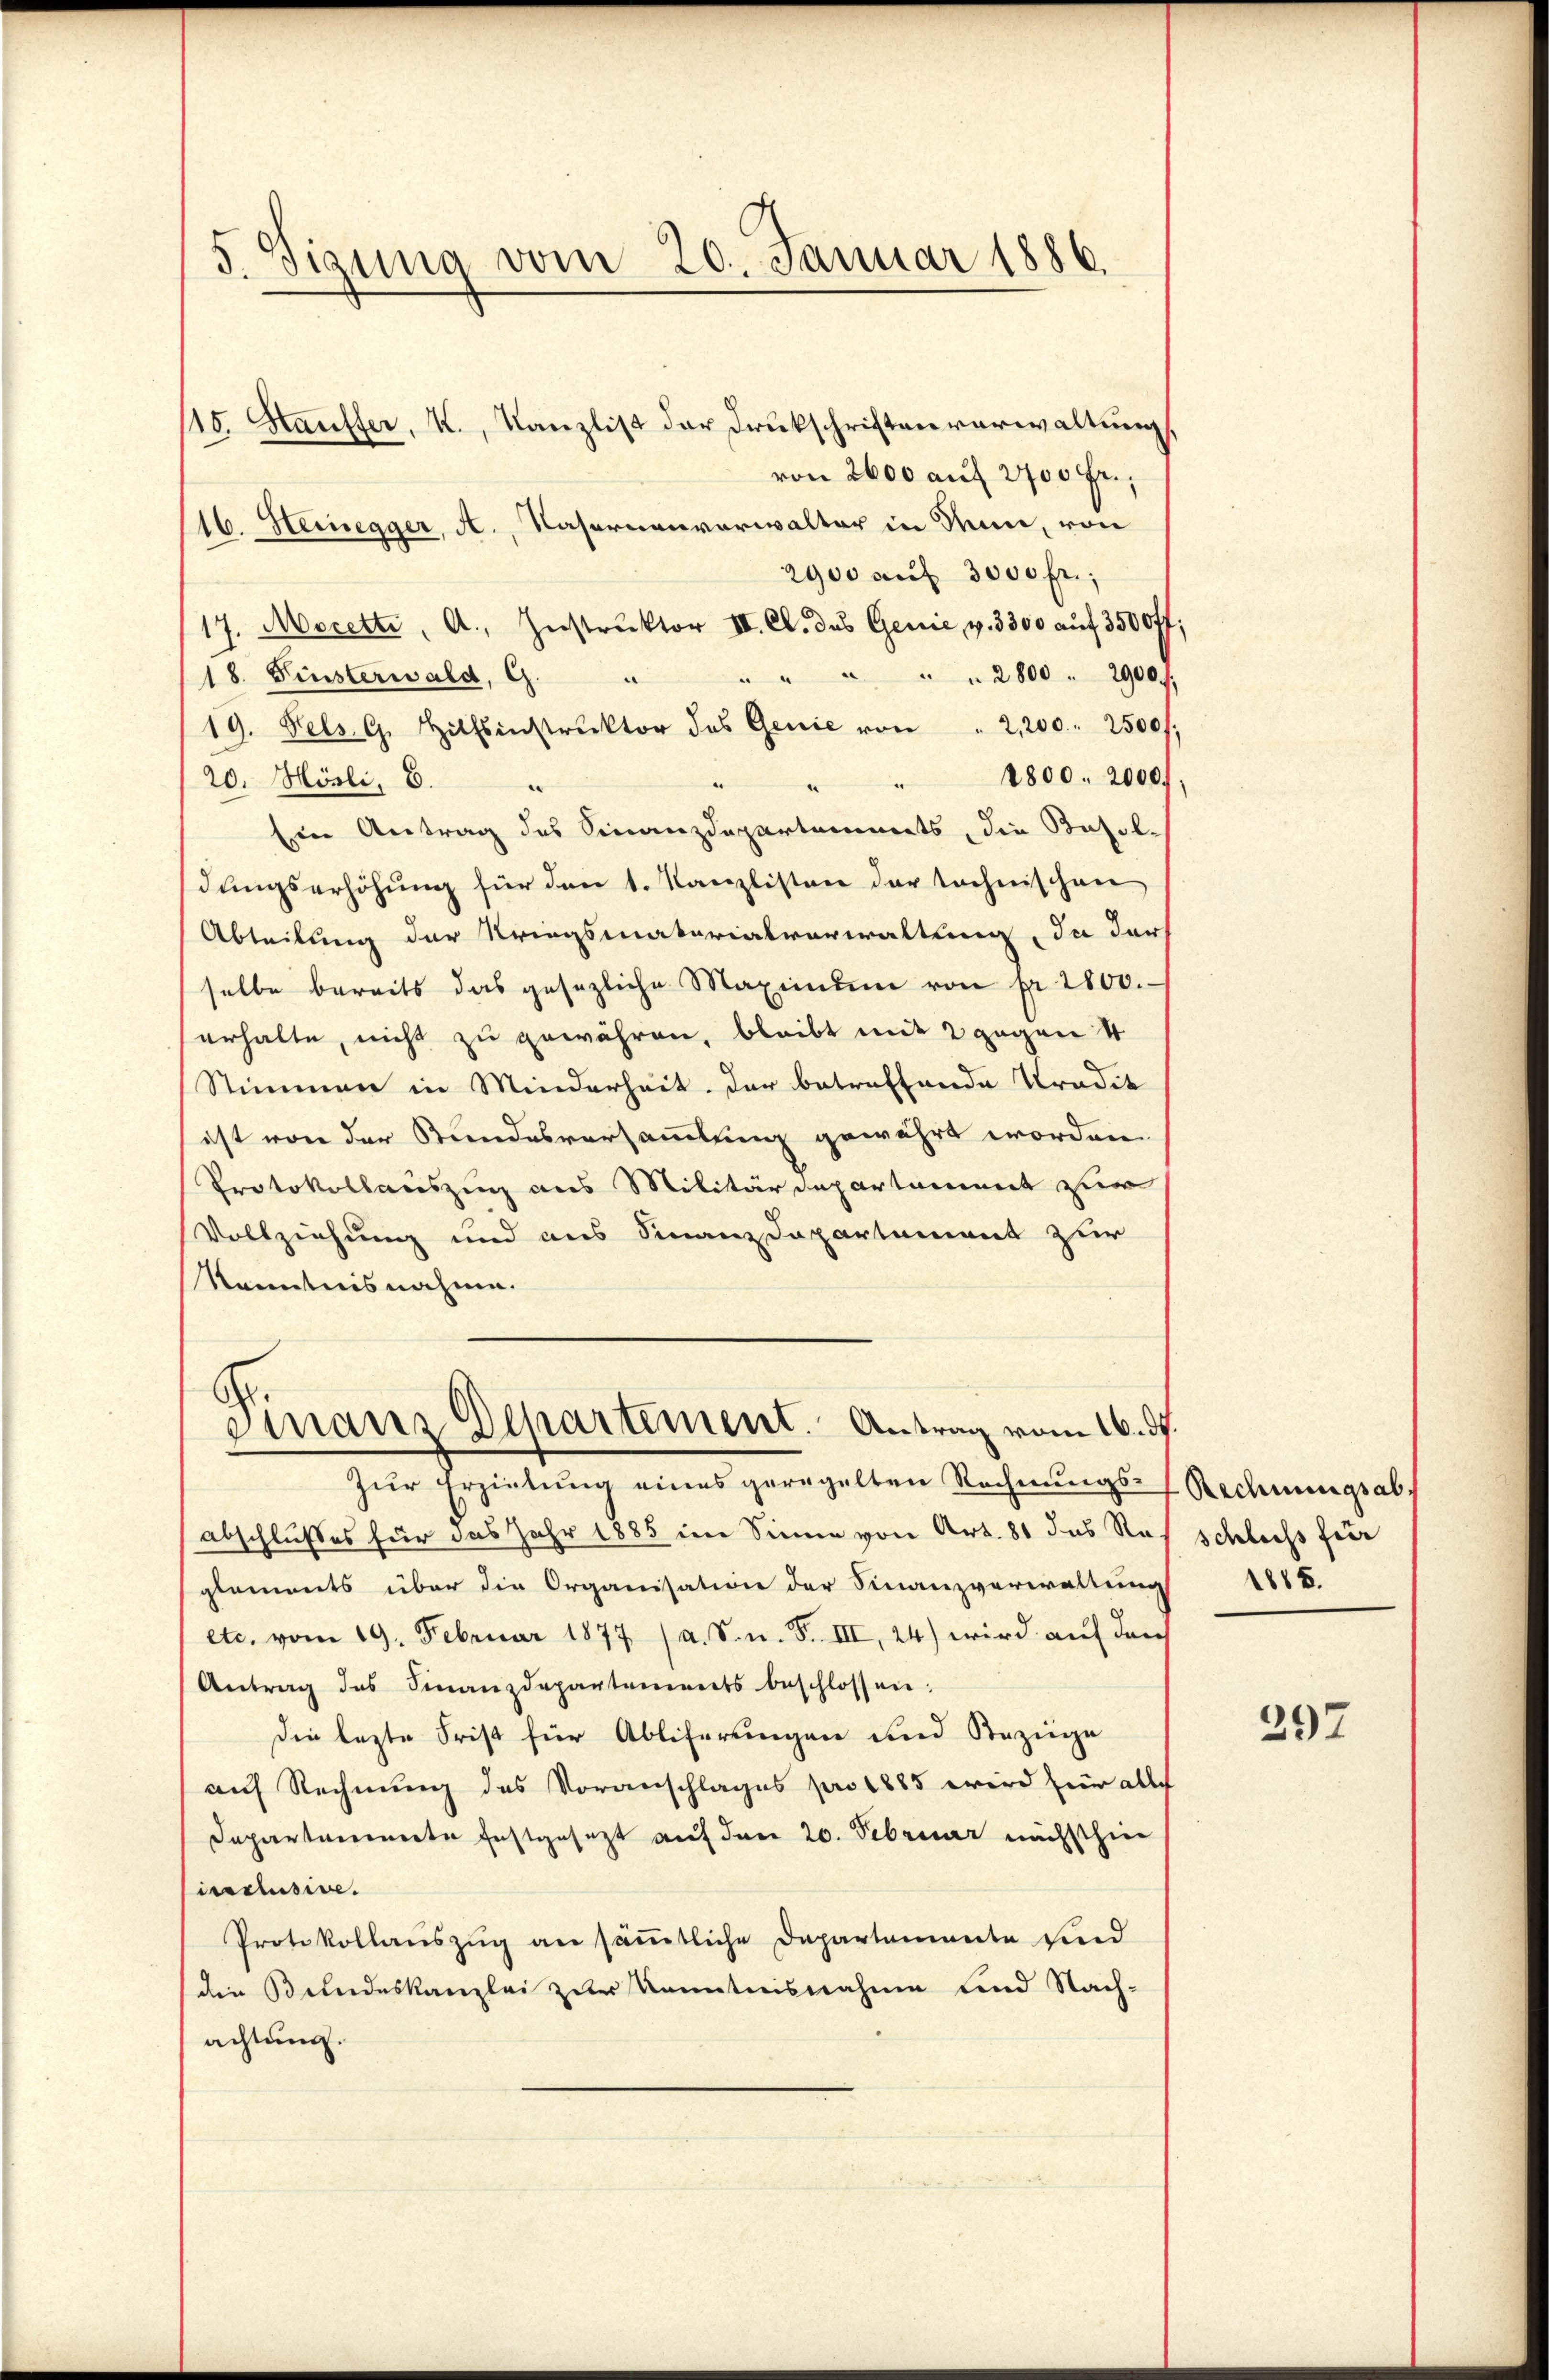
5. Sigung vom 20. Januar 1886.

115. Hauffer, V., Kanzlist der Drukschriften verwaltung
von 2600 auf 200 fr.,
16. Heinegger, A., Nasernenverwalter in Rum, von
2900 auf 3000 fr.;
17. Morette, A. Instruktor II. Cl. das Genie, v. 3300 aŭf 3500 ff;
" " " " " 2800. 2900 f.
18. Finsterwald, G.
19. Fels. G. Hilfsinstruktor des Genie von " 2,200. 2500/
1800. 2000.
20. Mörli, E.
“
Eine Antrag des Finanzdepartements, die Besoldungserhöhung für den 1. Kanzlisten der technischen
Abteilung der Kriegsmatorialverwaltung, In der
selbe bereits das gesezliche Maximum von pr 2800.
erhalte, nicht zu gewähren, bleibt mit 2 gegen 4
Stimmen in Minderheit der betreffende Tradik
ist von der Stundesversammlung gewährt worden.
Protokollauszug aus Militärdepartament zur
Vollziehung und aus Finanzdepartement zur
Kenntnisnahme.
Finanz Departement. Antrag vom 16. ds.

Zur Erzielung eines geregelten Rechnungs-
abschlußes für das Jahr 1885 im Sinne von Art. 81 das Re-
glements über die Organisation der Finanzverwaltung 1888.
etc. vom 19. Februar 1877 (a. S. n. F. III, 24) wird auf durch
Antrag des Finanzdepartements beschlossen:
die lezte Frist für Ablieferungen und Bezüge
auf Rechnung des Voranschlages pro 1885 wird für alles
Departamente festgesezt auf den 20. Februar nächsthin
icaclusive.
Protokollauszug an säṁtliche Departemente sind
(die Bundeskanzlei zur Kenntnisnahme und Nach-
achtung.

Rechnungsab
Schluss für

297